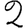
Digit: 2